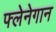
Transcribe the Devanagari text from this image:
फ्लेनेगान